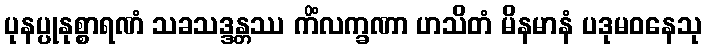
ပုနပ္ပုနုစ္စာရဏံ သခသဒ္ဒန္တဿ ကိံလက္ခဏာ ဟသိတံ မိနမာနံ ပဒုမဝနေသု